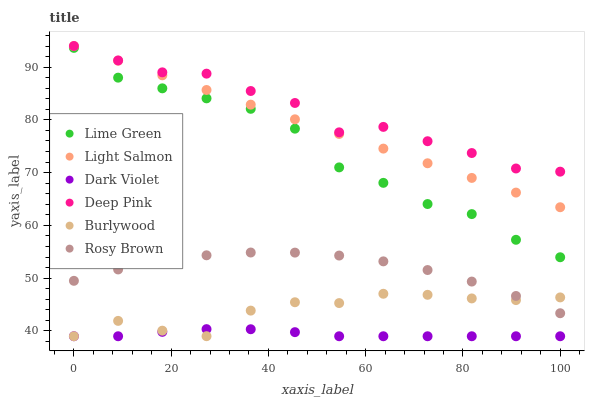
| xaxis_label | Lime Green | Light Salmon | Dark Violet | Deep Pink | Burlywood | Rosy Brown |
 | --- | --- | --- | --- | --- | --- | --- |
 | 0 | 93.6 | 94 | 39 | 94 | 39 | 49.5 |
 | 9.09 | 88 | 91.2 | 39 | 91.3 | 41.9 | 51.7 |
 | 18.2 | 86 | 88.4 | 39.8 | 89 | 40.1 | 53.3 |
 | 27.3 | 84.1 | 85.7 | 40.3 | 88.8 | 39 | 54.3 |
 | 36.4 | 82.1 | 82.9 | 40.3 | 85.5 | 43.9 | 54.9 |
 | 45.5 | 78.3 | 80.1 | 39.8 | 83.2 | 45.4 | 54.9 |
 | 54.5 | 71 | 77.3 | 39 | 77.6 | 45.3 | 54.3 |
 | 63.6 | 68.1 | 74.6 | 39 | 78.7 | 47.1 | 53.2 |
 | 72.7 | 64.1 | 71.8 | 39 | 76 | 46.9 | 51.5 |
 | 81.8 | 62.1 | 69 | 39 | 73.7 | 46.2 | 49.4 |
 | 90.9 | 57.3 | 66.2 | 39 | 70.8 | 45.9 | 46.6 |
 | 100 | 54 | 63.4 | 39 | 70.2 | 46.4 | 43.4 |